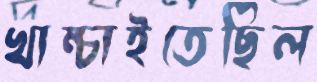
খাম্‌চাইতেছিল